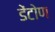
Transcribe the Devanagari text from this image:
डेंटोण